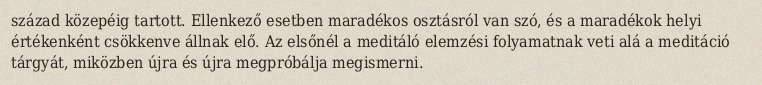
század közepéig tartott. Ellenkező esetben maradékos osztásról van szó, és a maradékok helyi értékenként csökkenve állnak elő. Az elsőnél a meditáló elemzési folyamatnak veti alá a meditáció tárgyát, miközben újra és újra megpróbálja megismerni.